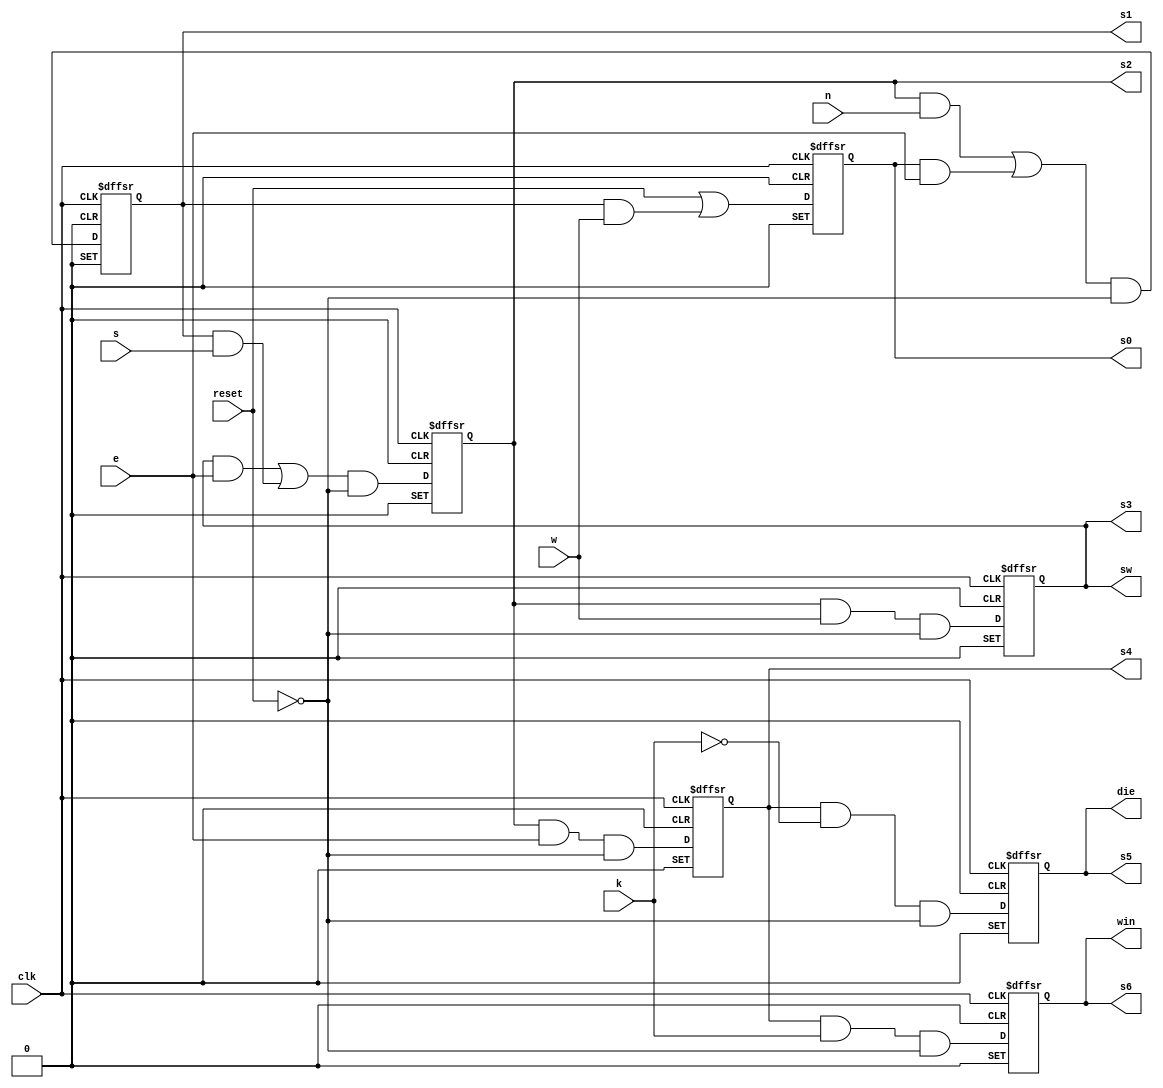
module room(clk, reset, n, s, e, w,	k, s6, s5, s4, s3, sw, s2, s1, s0, win, die);

	input wire	clk;
	input wire	reset;
	input wire	n;
	input wire	s;
	input wire	e;
	input wire	w;
	input wire	k;
	
	output wire	s6;
	output wire	s5;
	output wire	s4;
	output wire	s3;
	output wire	sw;
	output wire	s2;
	output wire	s1;
	output wire	s0;
	output wire	win;
	output wire	die;

	wire	not_reset;
	reg	S0_flop_out;
	wire	S1_and_to_flop;
	wire	S1_and_to_or_bottom;
	wire	S1_and_to_or_top;
	reg	S1_flop_out;
	wire	S1_or_to_and;
	reg	S2_flop_out;
	wire	S3_and_to_flop;
	reg	S3_flop_output;
	
	wire	n0;
	wire	n1;
	wire	n2;
	reg	n24;
	wire	n3;
	wire	n4;
	wire	n5;
	wire	n6;
	wire	n7;
	wire	n8;
	wire	n9;
	wire	n10;
	wire	n11;
	wire	n12;
	wire	n13;
	wire	n14;
	wire	n15;
	wire	n16;
	wire	n17;
	wire	n18;
	wire	n19;
	wire	n20;
	wire	n21;
	wire	n22;
	wire	n23;
	reg	DFF_inst22;
	reg	DFF_inst21;

	assign	s6 = win;
	assign	win = DFF_inst22;
	assign	s5 = die;
	assign	die = DFF_inst21;
	assign	s4 = n24;
	assign	n4 = 1;
	assign	n6 = 1;
	assign	n7 = 1;
	assign	n8 = 1;
	assign	n9 = 1;
	assign	n11 = 1;
	assign	n12 = 1;
	assign	n13 = 1;
	assign	n14 = 1;
	assign	n16 = 1;
	assign	n17 = 1;
	assign	n19 = 1;
	assign	n20 = 1;
	assign	n22 = 1;



	assign n23 = S1_flop_out & w;

	assign S3_and_to_flop = S2_flop_out & w & not_reset;

	assign not_reset =  ~reset;

	assign n3 =  ~k;

	assign n2 = n0 | n1;

	assign n10 = n2 & not_reset;

	assign n15 = S2_flop_out & e & not_reset;

	assign n18 = n24 & n3 & not_reset;

	assign n21 = n24 & k & not_reset;


	always@(posedge clk or negedge n4 or negedge n6)
	begin
	if (!n4)
		begin
		S0_flop_out <= 0;
		end
	else
	if (!n6)
		begin
		S0_flop_out <= 1;
		end
	else
		begin
		S0_flop_out <= n5;
		end
	end


	always@(posedge clk or negedge n7 or negedge n8)
	begin
	if (!n7)
		begin
		S1_flop_out <= 0;
		end
	else
	if (!n8)
		begin
		S1_flop_out <= 1;
		end
	else
		begin
		S1_flop_out <= S1_and_to_flop;
		end
	end


	always@(posedge clk or negedge n9 or negedge n11)
	begin
	if (!n9)
		begin
		S2_flop_out <= 0;
		end
	else
	if (!n11)
		begin
		S2_flop_out <= 1;
		end
	else
		begin
		S2_flop_out <= n10;
		end
	end


	always@(posedge clk or negedge n12 or negedge n13)
	begin
	if (!n12)
		begin
		S3_flop_output <= 0;
		end
	else
	if (!n13)
		begin
		S3_flop_output <= 1;
		end
	else
		begin
		S3_flop_output <= S3_and_to_flop;
		end
	end


	always@(posedge clk or negedge n14 or negedge n16)
	begin
	if (!n14)
		begin
		n24 <= 0;
		end
	else
	if (!n16)
		begin
		n24 <= 1;
		end
	else
		begin
		n24 <= n15;
		end
	end


	always@(posedge clk or negedge n17 or negedge n19)
	begin
	if (!n17)
		begin
		DFF_inst21 <= 0;
		end
	else
	if (!n19)
		begin
		DFF_inst21 <= 1;
		end
	else
		begin
		DFF_inst21 <= n18;
		end
	end


	always@(posedge clk or negedge n20 or negedge n22)
	begin
	if (!n20)
		begin
		DFF_inst22 <= 0;
		end
	else
	if (!n22)
		begin
		DFF_inst22 <= 1;
		end
	else
		begin
		DFF_inst22 <= n21;
		end
	end


	assign	n5 = reset | n23;


	assign	S1_and_to_or_top = S0_flop_out & e;

	assign	S1_and_to_or_bottom = S2_flop_out & n;

	assign	S1_or_to_and = S1_and_to_or_bottom | S1_and_to_or_top;

	assign	S1_and_to_flop = S1_or_to_and & not_reset;

	assign	n1 = S1_flop_out & s;

	assign	n0 = S3_flop_output & e;

	assign	s3 = S3_flop_output;
	assign	sw = S3_flop_output;
	assign	s2 = S2_flop_out;
	assign	s1 = S1_flop_out;
	assign	s0 = S0_flop_out;

endmodule